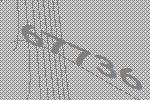
67736